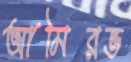
আমিরভ